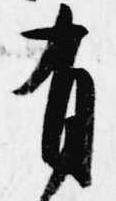
有